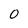
Character: 0